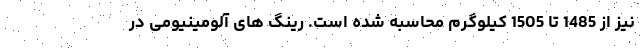
نیز از 1485 تا 1505 کیلوگرم محاسبه شده است. رینگ های آلومینیومی در